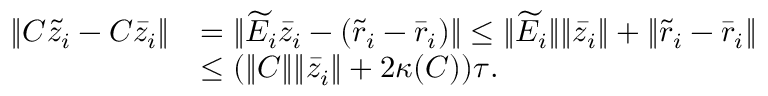
\begin{array} { r l } { \| C \tilde { z } _ { i } - C \bar { z } _ { i } \| } & { = \| \widetilde { E } _ { i } \bar { z } _ { i } - ( \tilde { r } _ { i } - \bar { r } _ { i } ) \| \leq \| \widetilde { E } _ { i } \| \| \bar { z } _ { i } \| + \| \tilde { r } _ { i } - \bar { r } _ { i } \| } \\ & { \leq ( \| C \| \| \bar { z } _ { i } \| + 2 \kappa ( C ) ) \tau . } \end{array}